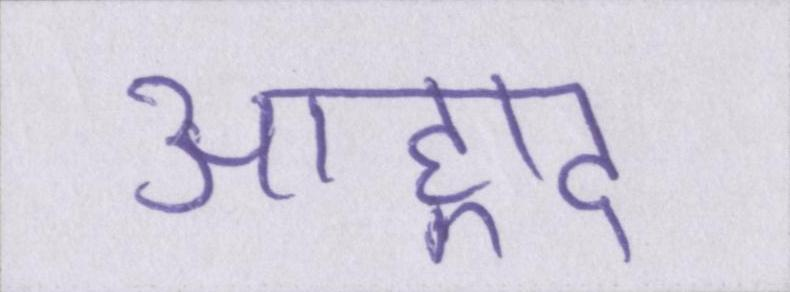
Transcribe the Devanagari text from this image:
आह्लाद